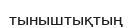
тыныштықтың